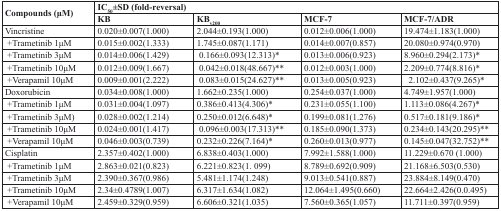
<table><thead><tr><td rowspan="2"><b>Compounds (μM)</b></td><td colspan="4"><b>IC<sub>50</sub>±SD (fold-reversal)</b></td></tr><tr><td><b>KB</b></td><td><b>KB<sub>v200</sub></b></td><td><b>MCF-7</b></td><td><b>MCF-7/ADR</b></td></tr></thead><tbody><tr><td>Vincristine</td><td>0.020±0.007(1.000)</td><td>2.044±0.193(1.000)</td><td>0.012±0.006(1.000)</td><td>19.474±1.183(1.000)</td></tr><tr><td> +Trametinib 1μM</td><td>0.015±0.002(1.333)</td><td>1.745±0.087(1.171)</td><td>0.014±0.007(0.857)</td><td>20.080±0.974(0.970)</td></tr><tr><td> +Trametinib 3μM</td><td>0.014±0.006(1.429)</td><td> 0.166±0.093(12.313)*</td><td>0.013±0.006(0.923)</td><td>8.960±0.294(2.173)*</td></tr><tr><td> +Trametinib 10μM</td><td>0.012±0.009(1.667)</td><td> 0.042±0.018(48.667)**</td><td>0.012±0.003(1.000)</td><td>2.209±0.774(8.816)*</td></tr><tr><td> +Verapamil 10μM</td><td>0.009±0.001(2.222)</td><td> 0.083±0.015(24.627)*</td><td>0.013±0.005(0.923)</td><td> 2.102±0.437(9.265)*</td></tr><tr><td>Doxorubicin</td><td>0.034±0.008(1.000)</td><td>1.662±0.235(1.000)</td><td>0.254±0.037(1.000)</td><td>4.749±1.957(1.000)</td></tr><tr><td> +Trametinib 1μM</td><td>0.031±0.004(1.097)</td><td>0.386±0.413(4.306)*</td><td>0.231±0.055(1.100)</td><td>1.113±0.086(4.267)*</td></tr><tr><td> +Trametinib 3μM)</td><td>0.028±0.002(1.214)</td><td>0.250±0.012(6.648)*</td><td>0.199±0.081(1.276)</td><td>0.517±0.181(9.186)*</td></tr><tr><td> +Trametinib 10μM</td><td>0.024±0.001(1.417)</td><td> 0.096±0.003(17.313)*</td><td>0.185±0.090(1.373)</td><td>0.234±0.143(20.295)*</td></tr><tr><td> +Verapamil 10μM</td><td>0.046±0.003(0.739)</td><td>0.232±0.226(7.164)*</td><td>0.260±0.013(0.977)</td><td>0.145±0.047(32.752)*</td></tr><tr><td>Cisplatin</td><td>2.357±0.402(1.000)</td><td>6.838±0.403(1.000)</td><td>7.992±1.588(1.000)</td><td>11.229±0.670 (1.000)</td></tr><tr><td> +Trametinib 1μM</td><td>2.863±0.021(0.823)</td><td>6.221±0.823(1. 099)</td><td>8.789±0.692(0.909)</td><td>21.168±6.503(0.530)</td></tr><tr><td> +Trametinib 3μM</td><td>2.390±0.367(0.986)</td><td>5.481±1.174(1.248)</td><td>9.013±0.541(0.887)</td><td>23.884±8.149(0.470)</td></tr><tr><td> +Trametinib 10μM</td><td>2.34±0.4789(1.007)</td><td>6.317±1.634(1.082)</td><td>12.064±1.495(0.660)</td><td>22.664±2.426(0.0.495)</td></tr><tr><td> +Verapamil 10μM</td><td>2.459±0.329(0.959)</td><td>6.606±0.321(1.035)</td><td>7.560±0.365(1.057)</td><td>11.711±0.397(0.959)</td></tr></tbody></table>